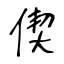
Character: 偰